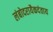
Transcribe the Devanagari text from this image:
लंबोदरायैकदंताय